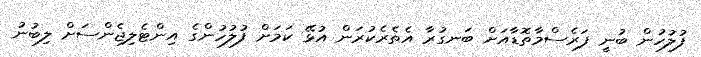
ފުލުހުން ބުނީ ފަރެސްމާތޮޑާއަށް ބަނގުރާ އެތެރެކުރަން އުޅޭ ކަމަށް ފުލުހުންގެ އިންޓެލިޖެންސަށް ލިބުނު